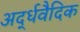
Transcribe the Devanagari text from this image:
अर्द्धवैदिक